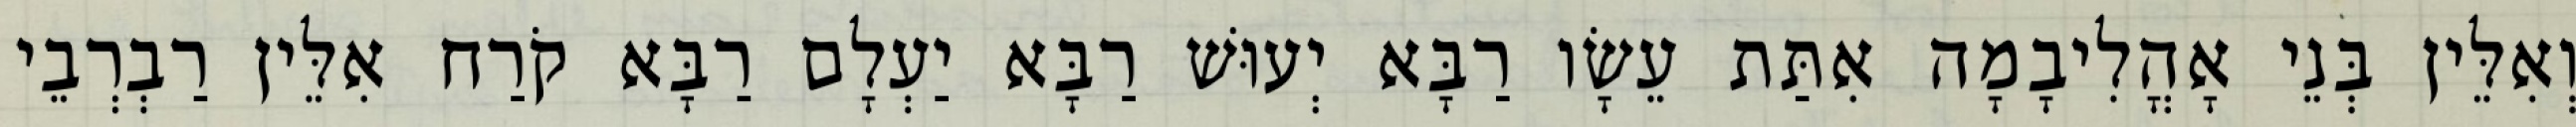
וְאִלֵּין בְּנֵי אָהֳלִיבָמָה אִתַּת עֵשָׂו רַבָּא יְעוּשׁ רַבָּא יַעְלָם רַבָּא קֹרַח אִלֵּין רַבְרְבֵי